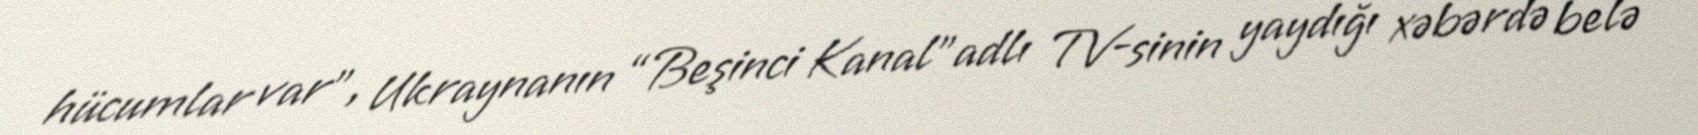
hücumlar var”, Ukraynanın “Beşinci Kanal”adlı TV-sinin yaydığı xəbərdə belə